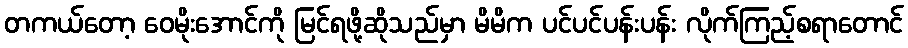
တကယ်တော့ ဝေမိုးအောင်ကို မြင်ရဖို့ဆိုသည်မှာ မိမိက ပင်ပင်ပန်းပန်း လိုက်ကြည့်စရာတောင်